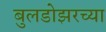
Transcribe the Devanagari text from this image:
बुलडोझरच्या